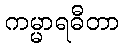
ကမ္မာရဓီတာ